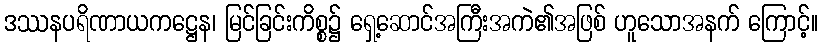
ဒဿနပရိဏာယကဋ္ဌေန၊ မြင်ခြင်းကိစ္စ၌ ရှေ့ဆောင်အကြီးအကဲ၏အဖြစ် ဟူသောအနက် ကြောင့်။